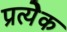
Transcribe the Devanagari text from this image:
प्रत्येेक